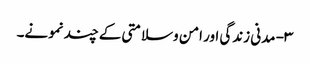
۳- مدنی زندگی اور امن وسلامتی کے چند نمونے۔